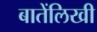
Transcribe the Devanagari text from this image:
बातेंलिखी